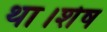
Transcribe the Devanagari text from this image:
था।शेष